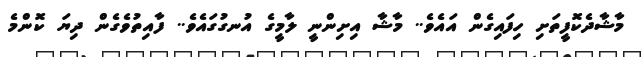
މާޝާދެކޮފީތަށި ހިފައިގެން އައެވެ.. މާޝާ އިށިންނީ ލާމީގެ އުނގުގައެވެ.. ފާއިތުވެގެން ދިޔަ ކޮންމެ